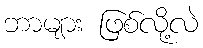
ဘာများ ဖြစ်လို့လဲ